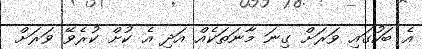
އެ ބަހުގައި ވަރަށް ގިނަ މާނަތަކެއް އަދި އެ ކުށް ކުރެވޭ ވަރަށް